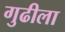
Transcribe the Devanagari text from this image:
गुढीला